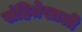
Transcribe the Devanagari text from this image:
संहितेखाली